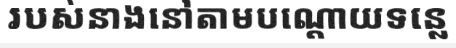
របស់នាងនៅតាមបណ្តោយទន្លេ